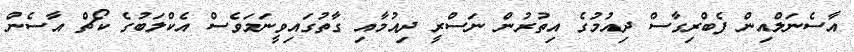
އާސެނަލްއިން ފެބްރިގާސް ދިއުމުގެ އިތުރުން ނަސްރީ ދިއުމާއި ގާތުގައިވީނަމަވެސް އެކްލަބުގެ ކޯޗް އާސެން